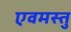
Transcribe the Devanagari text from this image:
एवमस्तु